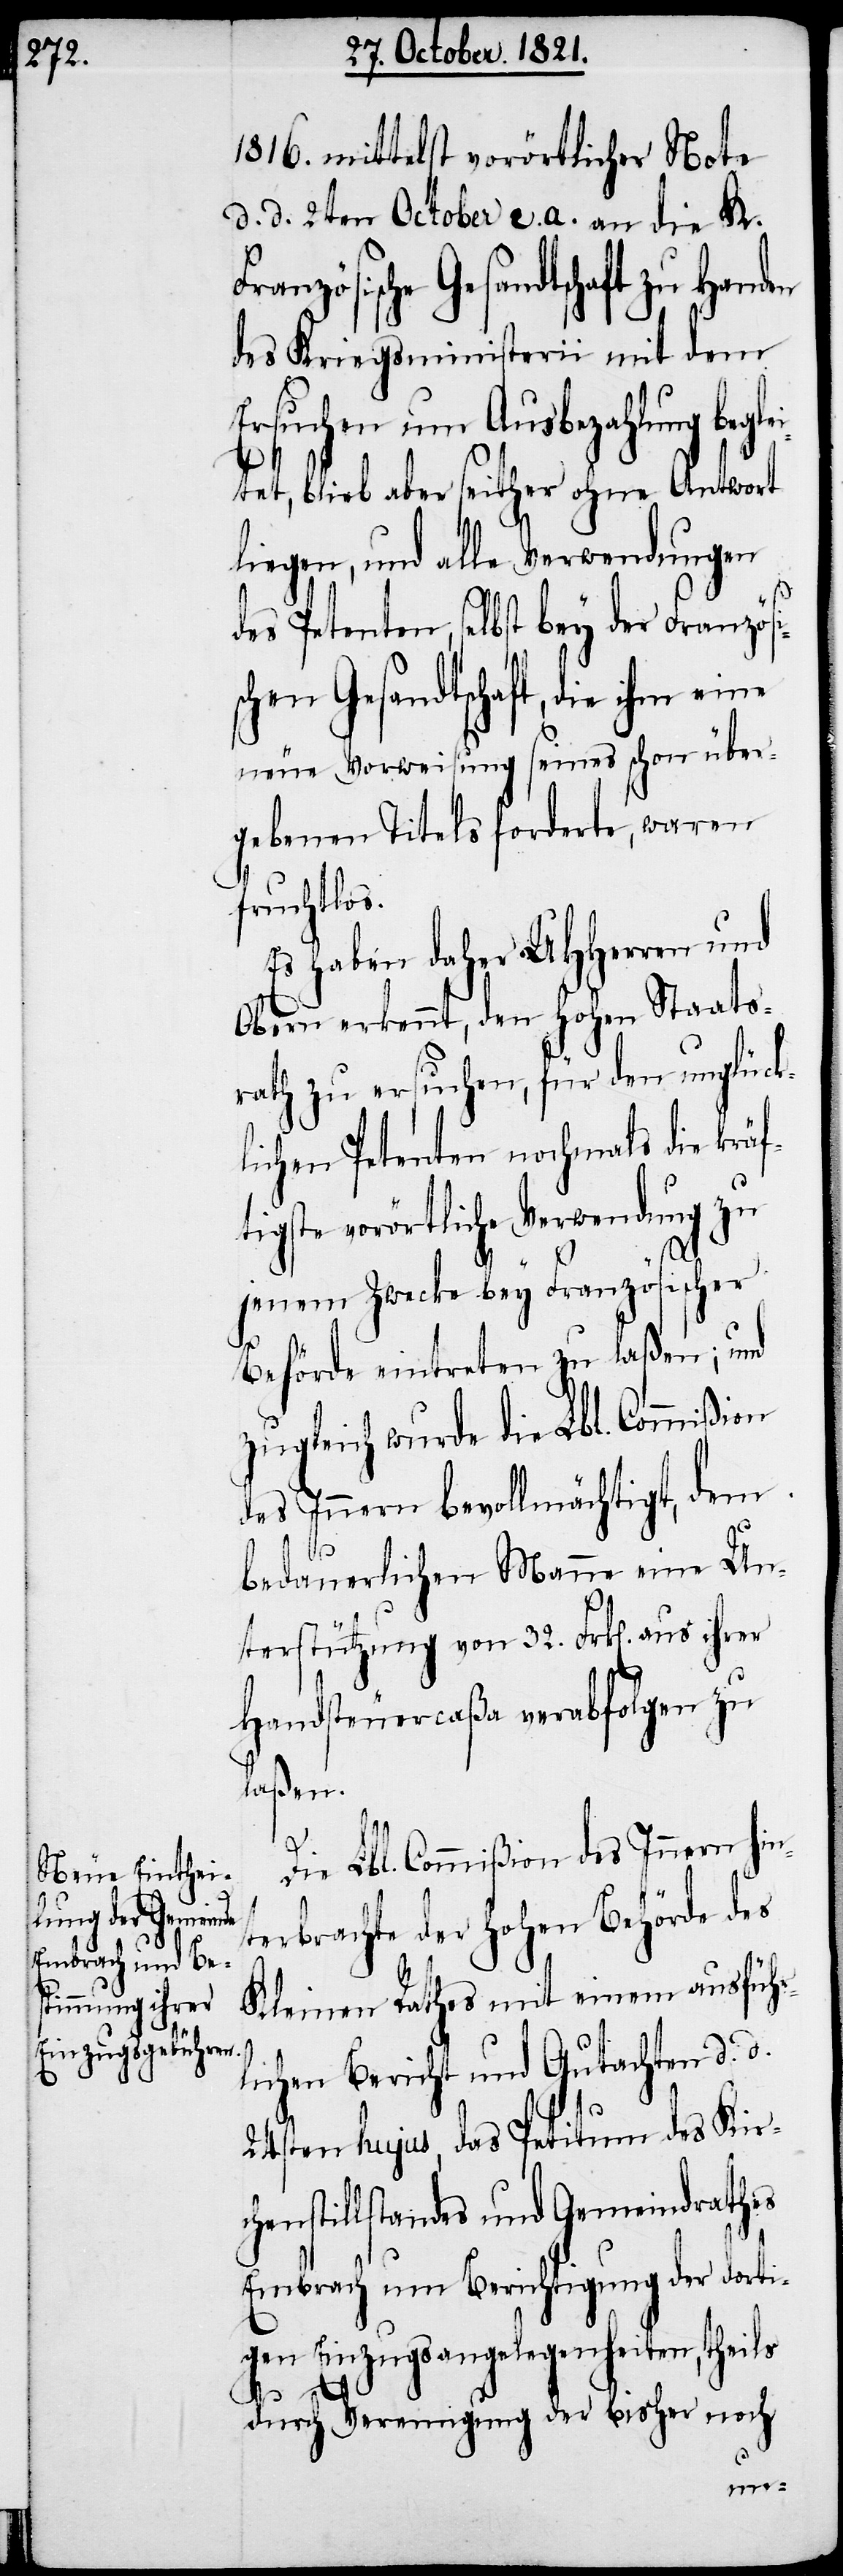
1816. mittelst vorörtlicher Note
d. d. 2ten October c. a. an die K.
des Kriegsministerii mit dem
Ersuchen um Ausbezahlung beg¬
tet, blieb aber seither ohne Antwort
liegen, und alle Verwendungen
des Petenten, selbst bey der Fra¬
chen Gesandtschaft, die ihm eine
neue Vorweisung seines schon über¬
gebenen Titels forderte, waren
fruchtlos.
Es haben daher UHHerren und
Obern erkennt, den hohen Staats¬
rath zu ersuchen, für den unglück¬
lichen Petenten nochmals die kräf¬
tigste vorörtliche Verwendung zu
jenem Zwecke bey Französischer
Behörde eintreten zu laßen; und
zugleich wurde die Lbl. Commißion
des Innern bevollmächtigt, dem
bedauerlichen Mann eine Un¬
terstützung von 32. Frk[en]. aus ihrer
Handsteuercaßa verabfolgen zu
laßen.
Die Lbl. Commißion des Innern hin¬
terbrachte der hohen Behörde des
Kleinen Rathes mit einem ausführ¬
lichen Bericht und Gutachten d. d.
24sten hujus, das Petitum des Kirc¬
henstillstandes und Gemeindrathes
Embrach um Berichtigung der dorti¬
gen Einzugsangelegenheiten, theils
durch Vereinigung der bisher noch
nzösis¬